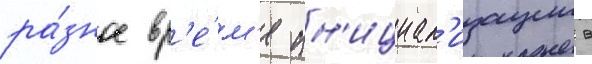
ра́зное вр'е́м'я ин'ициал'изации в